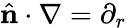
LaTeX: \hat{\textbf{n}}\cdot\nabla=\partial_{r}